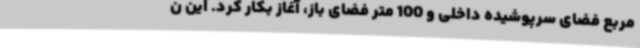
مربع فضای سرپوشیده داخلی و 100 متر فضای باز، آغاز بکار کرد. این ن